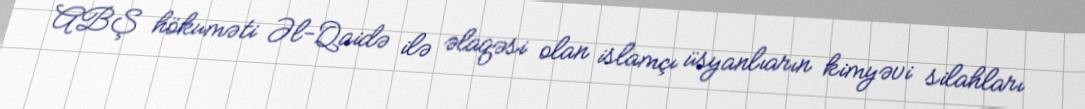
ABŞ hökuməti Əl-Qaidə ilə əlaqəsi olan islamçı üsyanlıarın kimyəvi silahları